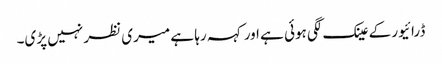
ڈرائیور کے عینک لگی ہوئی ہے اور کہہ رہا ہے میری نظر نہیں پڑی۔